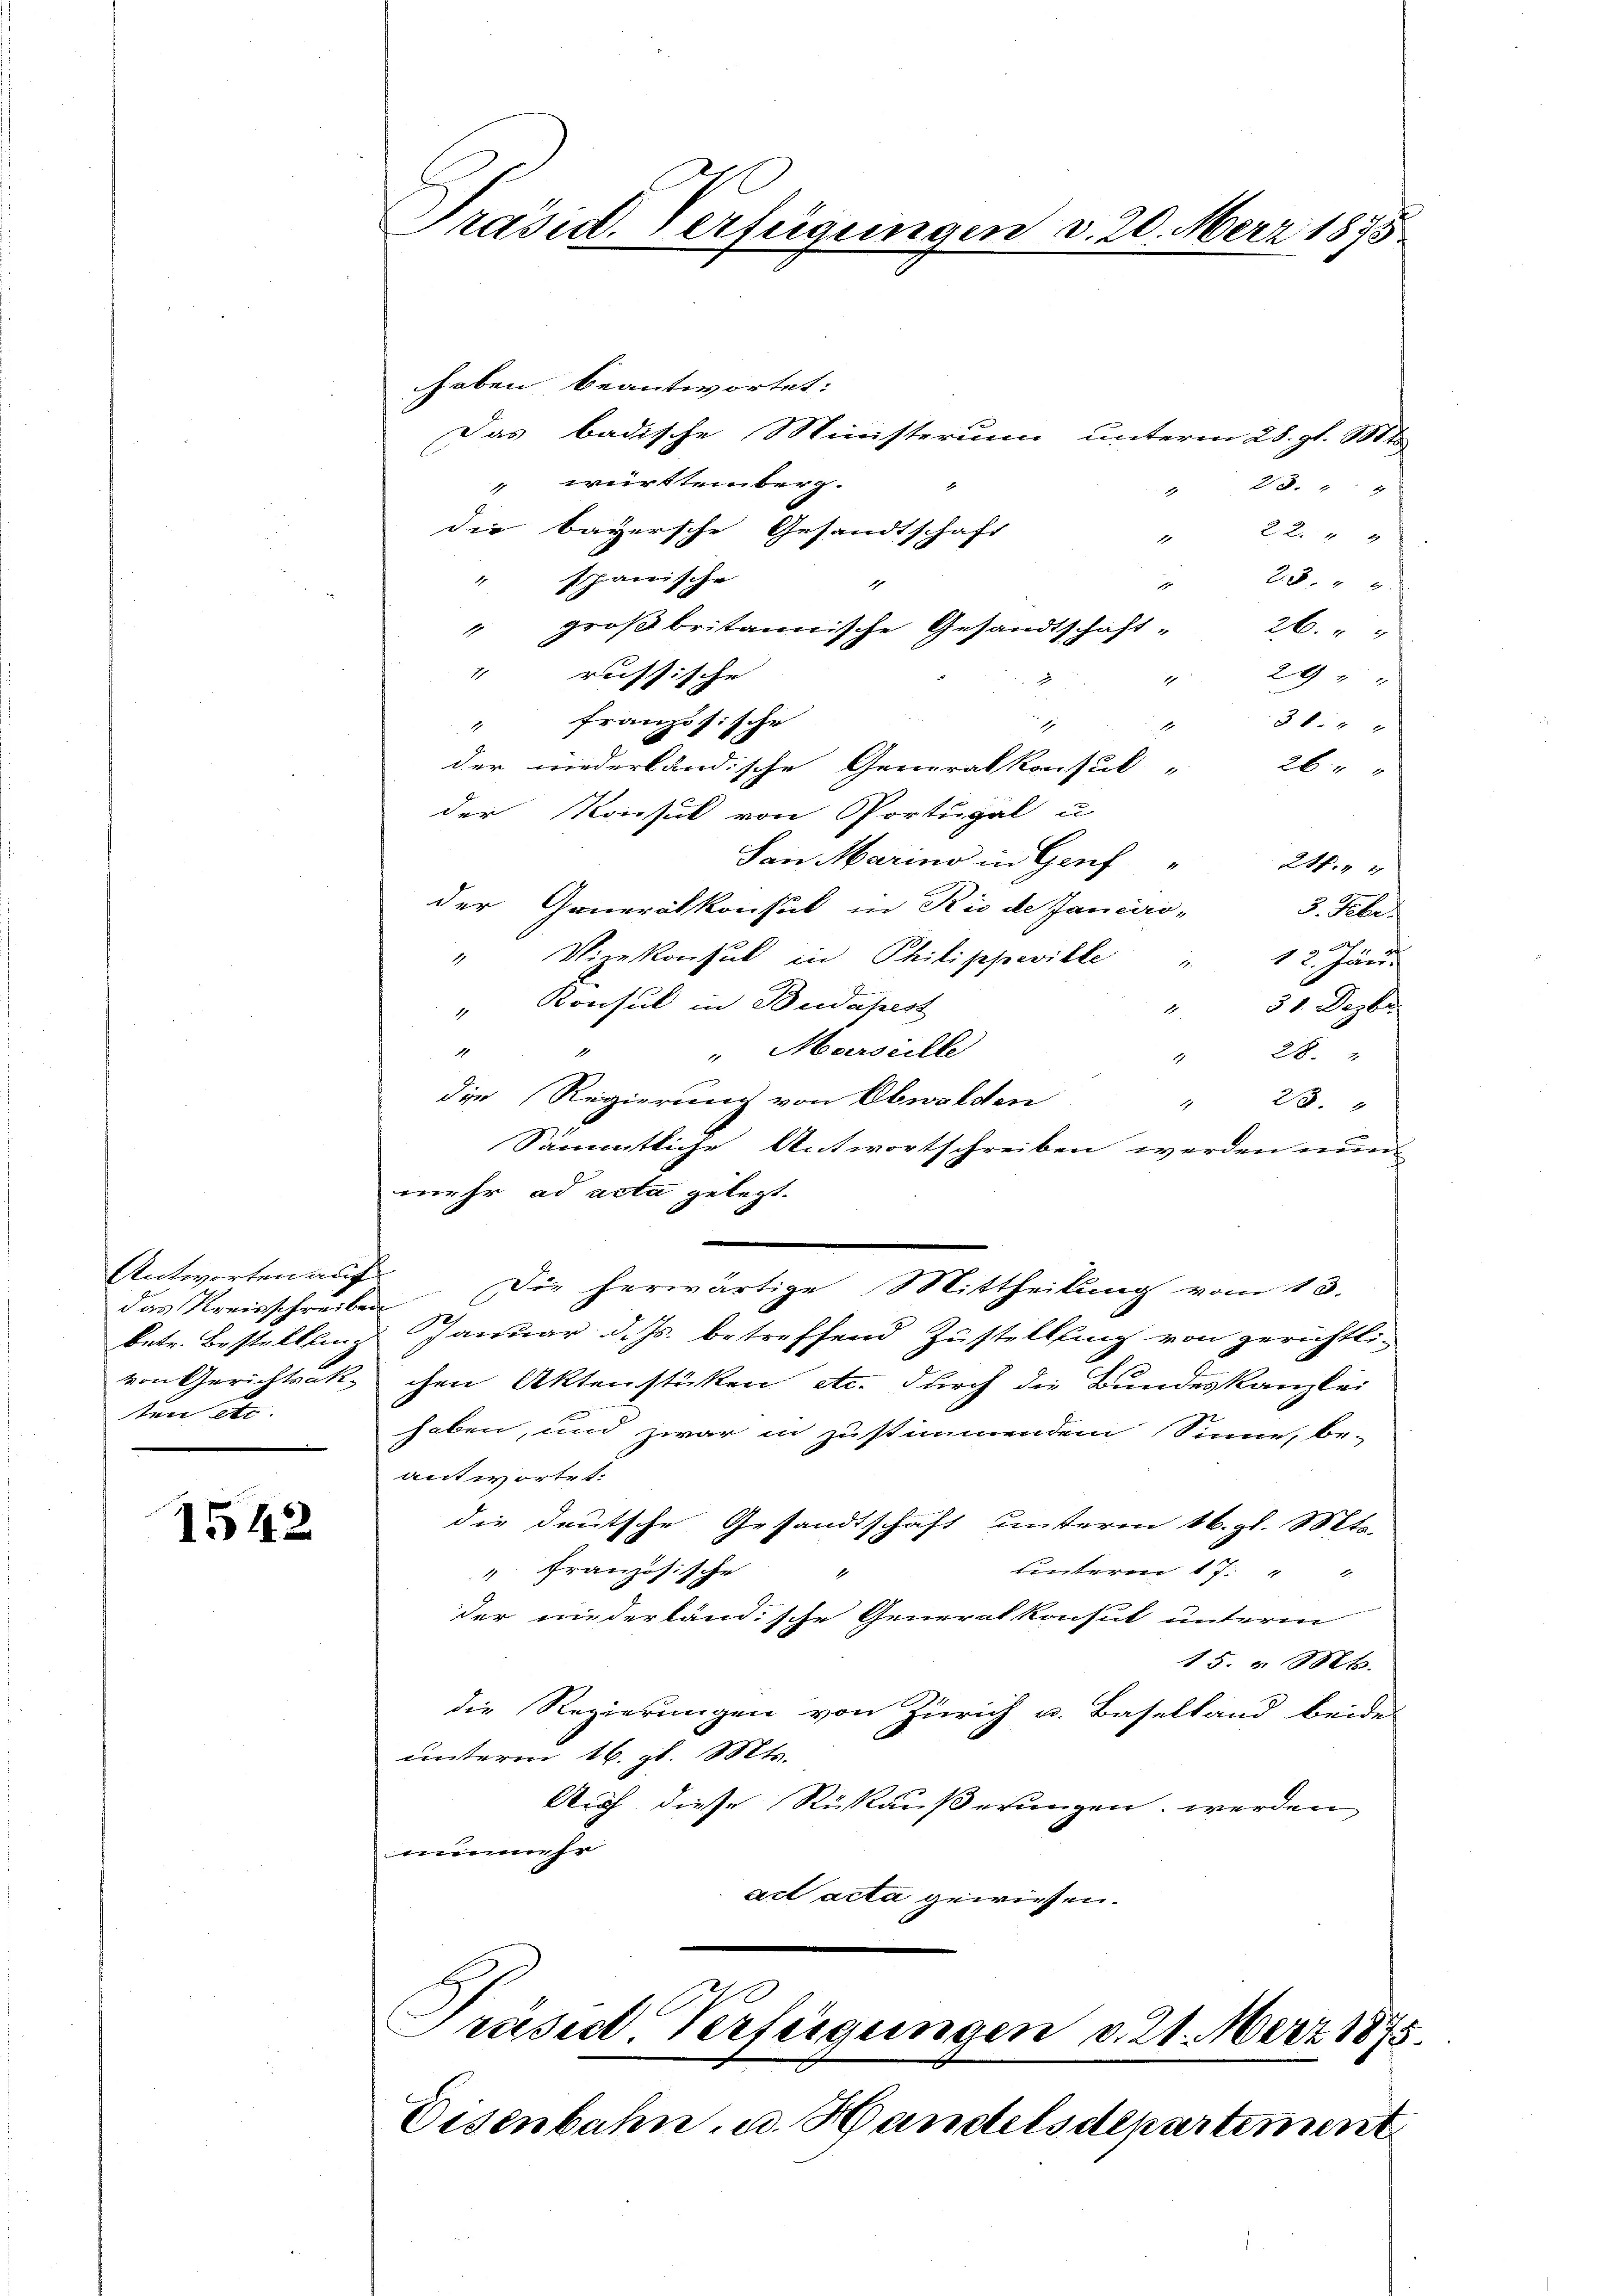
Antworten auf
das Kreisschreiben
ten etc.

1542

haben beantwortet:
Das badische Ministerium unterm 28. gl. Mts
" württemberg.
28. 7
x
die Bayersche Gesandtschaft
24 x
" spanische
28 " 9
" großbritannische Gesandtschaft-
26 x
1
russische |
29
1
" französische
3 f 4 x
1
1
der niederländische Generalkonsul " 26 " "
der Konsul von Portugal u
San Marino in Gruf
2.1 2
der Generalkonsul in Rio de Janciro-
F. Pede
" Vizekonsul in Philippeville " 12. Jän
" Konsul in Budapest
251. Dezbr.
"Marseille
4
28.
1
die Regierung von Obwalden
23.
h
Sämmtliche Antwortschreiben werden nun
mehr ad acta gelegt.
Die herwärtige Mittheilung vom 13.
betr. Bestellung Januar d. Js. betreffend Zustellung von gerichtlivon Gerichtsak, chen Aktenstücken etc. durch die Bundeskanzlei
haben, und zwar in zustimmendem Sinne, be-
antwortet.
die deutsche Gesandtschaft unterm 16. gl. Mts.
unterm 17. " "
" französische
der niederländische Generalkonsut unterm
15. v. Mt.
die Regierungen von Zürich u. Baselland beides
unterm 16. gl. Mts.
Arch diese Rückäußerungen werden
unuhr
ad acta gewiesen.
Präses Verfügungen v. 21. März 1875.
Eisenbahn, u. Handelsdepartement

Präsid. Verfügungen v. 20. März 1875